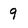
Character: 9